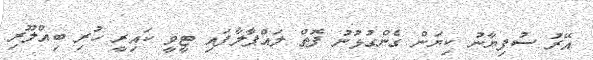
އޭރު ސުފިޔާނު ކިޔަން ގެންގުޅުނު ފޮތް ލައްޕާލާފައި ޓީވީ ކައިރީ ހުރި ބިއްލޫރި